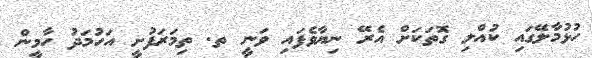
ހުޅުމާލޭގައި ކުއްލި ގޮތަކަށް އެރޭ ނިޔާވެފައި ވަނީ ތ. ތިމަރަފުށީ އަހުމަދު ހާމީން